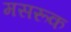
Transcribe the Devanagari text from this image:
मसरूक